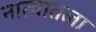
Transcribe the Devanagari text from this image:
नात्यातला